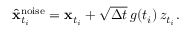
\begin{array} { r } { \hat { \mathbf { x } } _ { t _ { i } } ^ { \mathrm { n o i s e } } = \mathbf { x } _ { t _ { i } } + \sqrt { \Delta t } \, g ( t _ { i } ) \, z _ { t _ { i } } . } \end{array}